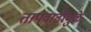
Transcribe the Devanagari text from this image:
तापवाढीमुळे